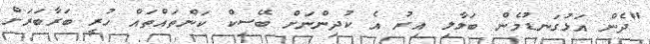
"ދެން އަޅުގަނޑުމެން ބަލާލި އިރު އެ ކުދިންނަށް ބޭސިކް ކަންތައްތައް ހުރީ ބަރާބަރަށް